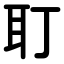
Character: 耵